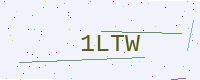
Text: 1LTW